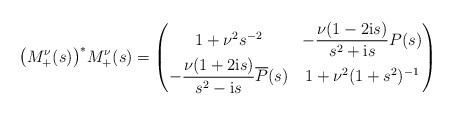
LaTeX: \begin{align*}\big(M_{+}^\nu(s)\big)^*M_{+}^\nu(s)= \begin{pmatrix} 1 + \nu^2s^{-2}& -\dfrac{\nu(1 -2\mathrm is)}{s^2 +\mathrm is}P(s)\\ -\dfrac{\nu(1 +2\mathrm is)}{s^2 -\mathrm is}\overline P(s) & 1+\nu^2(1+ s^2)^{-1} \end{pmatrix}\end{align*}